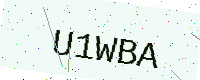
Text: U1WBA